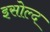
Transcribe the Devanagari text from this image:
इसोल्द